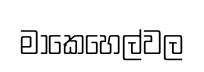
මාකෙහෙල්වල